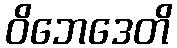
ဝိဘေဒေတိ